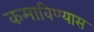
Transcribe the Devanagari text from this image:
कमाविण्यास